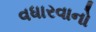
વધારવાનો